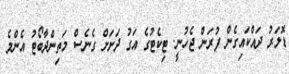
ޑޮލަރު ދައްކައިގެން ފުރަން ޖެހުނީ. ޓިކެޓުގެ އަގު ދަށަށް ގެނެސް މަތިންދާބޯޓު އެންމެ